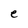
Character: e